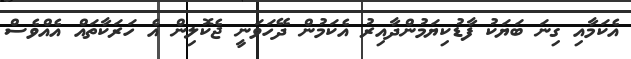
އެކަމާއި ގިނަ ބަޔަކު ފާޑުކިޔަމުންދާއިރު އެކަމުން ދޭހަވަނީ ޖެކޮލިން އެ ހަރަކާތައް އެއްވެސް